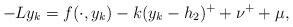
\begin{align*}-Ly_{k}=f(\cdot, y_{k})-k(y_{k}-h_{2})^{+}+\nu^{+}+\mu,\end{align*}